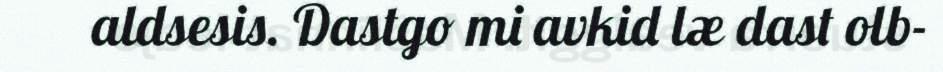
aldsesis. Dastgo mi avkid læ dast olb-